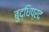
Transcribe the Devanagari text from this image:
बुद्धिप्रद